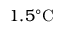
1 . 5 ^ { \circ } \mathrm { C }